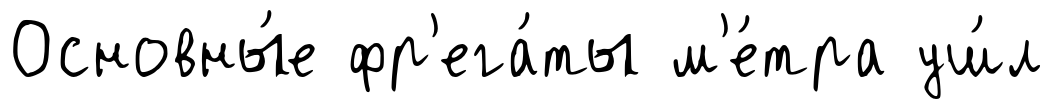
Основны́е фр'ега́ты м'е́тра уш́л